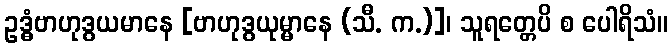
ဥဒ္ဓံဗာဟုဒွယမာနေ [ဗာဟုဒွယုမ္မာနေ (သီ. က.)]၊ သူရတ္တေပိ စ ပေါရိသံ။